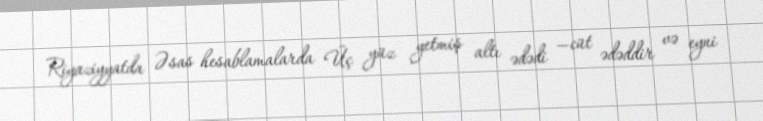
Riyaziyyatda Əsas hesablamalarda Üç yüz yetmiş altı ədədi —cüt ədəddir və eyni